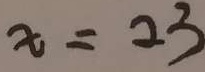
x = 2 3